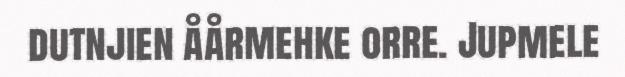
dutnjien åårmehke orre. Jupmele